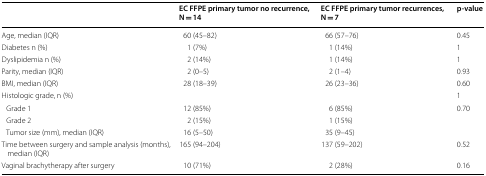
<table><thead><tr><td></td><td><b>EC FFPE primary tumor no recurrence, N = 14</b></td><td><b>EC FFPE primary tumor recurrences, N = 7</b></td><td><b>p-value</b></td></tr></thead><tbody><tr><td>Age, median (IQR)</td><td>60 (45–82)</td><td>66 (57–76)</td><td>0.45</td></tr><tr><td>Diabetes n (%)</td><td>1 (7%)</td><td>1 (14%)</td><td>1</td></tr><tr><td>Dyslipidemia n (%)</td><td>2 (14%)</td><td>1 (14%)</td><td>1</td></tr><tr><td>Parity, median (IQR)</td><td>2 (0–5)</td><td>2 (1–4)</td><td>0.93</td></tr><tr><td>BMI, median (IQR)</td><td>28 (18–39)</td><td>26 (23–36)</td><td>0.60</td></tr><tr><td>Histologic grade, n (%)</td><td></td><td></td><td>1</td></tr><tr><td> Grade 1</td><td>12 (85%)</td><td>6 (85%)</td><td rowspan="3">0.70</td></tr><tr><td> Grade 2</td><td>2 (15%)</td><td>1 (15%)</td></tr><tr><td> Tumor size (mm), median (IQR)</td><td>16 (5–50)</td><td>35 (9–45)</td></tr><tr><td>Time between surgery and sample analysis (months), median (IQR)</td><td>165 (94–204)</td><td>137 (59–202)</td><td>0.52</td></tr><tr><td>Vaginal brachytherapy after surgery</td><td>10 (71%)</td><td>2 (28%)</td><td>0.16</td></tr></tbody></table>